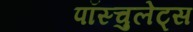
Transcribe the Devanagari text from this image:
पॉस्चुलेट्स